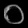
Digit: ၀